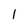
Character: l